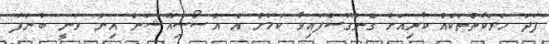
ފަދަ ހަރަކާތްތަކެއް ކުރިއަށް ގެންގޮސްފައިވާ ކަމަށް އެ އެސޯސިއޭޝަން އިން ވަނީ ބުނެފަ